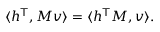
\langle h ^ { \mathsf { T } } , M v \rangle = \langle h ^ { \mathsf { T } } M , v \rangle .